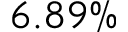
6 . 8 9 \%